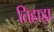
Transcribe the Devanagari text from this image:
तिहाड़ा